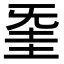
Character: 𣄱